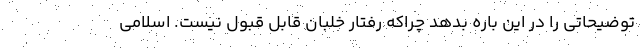
توضیحاتی را در این باره بدهد چراکه رفتار خلبان قابل قبول نیست. اسلامی